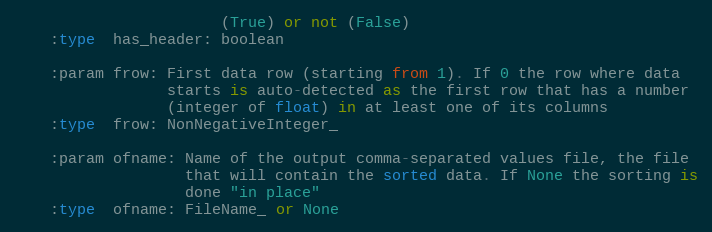
Language: Python
                       (True) or not (False)
    :type  has_header: boolean

    :param frow: First data row (starting from 1). If 0 the row where data
                 starts is auto-detected as the first row that has a number
                 (integer of float) in at least one of its columns
    :type  frow: NonNegativeInteger_

    :param ofname: Name of the output comma-separated values file, the file
                   that will contain the sorted data. If None the sorting is
                   done "in place"
    :type  ofname: FileName_ or None